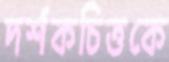
দর্শকচিত্তকে